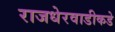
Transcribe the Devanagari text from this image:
राजधेरवाडीकडे